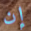
إن